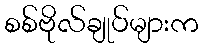
စစ်ဗိုလ်ချုပ်များက